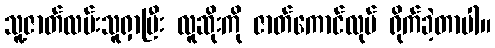
သူ့ဇာတ်လမ်းသူရှာပြီး လူဆိုးကို ဇာတ်ကောင်လုပ် ရိုက်ခဲ့တာပါ။